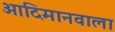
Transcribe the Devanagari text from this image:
आदिमानवाला